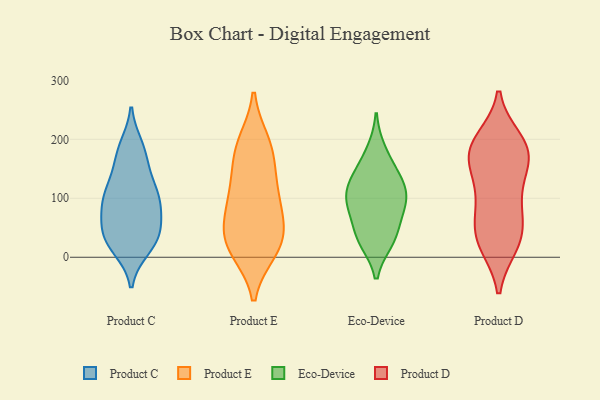
{"axis": {"x": "Bounce Rate (%)", "y": "Value"}, "legend": ["Eco-Device", "Product C", "Product D", "Product E"], "data": [{"x": "", "y": 175, "type": "Product C"}, {"x": "", "y": 79, "type": "Product C"}, {"x": "", "y": 16, "type": "Product C"}, {"x": "", "y": 36, "type": "Product C"}, {"x": "", "y": 116, "type": "Product C"}, {"x": "", "y": 187, "type": "Product C"}, {"x": "", "y": 95, "type": "Product C"}, {"x": "", "y": 102, "type": "Product C"}, {"x": "", "y": 90, "type": "Product C"}, {"x": "", "y": 176, "type": "Product C"}, {"x": "", "y": 66, "type": "Product C"}, {"x": "", "y": 45, "type": "Product C"}, {"x": "", "y": 25, "type": "Product C"}, {"x": "", "y": 39, "type": "Product C"}, {"x": "", "y": 113, "type": "Product C"}, {"x": "", "y": 25, "type": "Product C"}, {"x": "", "y": 137, "type": "Product C"}, {"x": "", "y": 116, "type": "Product E"}, {"x": "", "y": 183, "type": "Product E"}, {"x": "", "y": 176, "type": "Product E"}, {"x": "", "y": 80, "type": "Product E"}, {"x": "", "y": 87, "type": "Product E"}, {"x": "", "y": 49, "type": "Product E"}, {"x": "", "y": 193, "type": "Product E"}, {"x": "", "y": 33, "type": "Product E"}, {"x": "", "y": 19, "type": "Product E"}, {"x": "", "y": 22, "type": "Product E"}, {"x": "", "y": 13, "type": "Product E"}, {"x": "", "y": 125, "type": "Product E"}, {"x": "", "y": 103, "type": "Eco-Device"}, {"x": "", "y": 31, "type": "Eco-Device"}, {"x": "", "y": 100, "type": "Eco-Device"}, {"x": "", "y": 136, "type": "Eco-Device"}, {"x": "", "y": 86, "type": "Eco-Device"}, {"x": "", "y": 40, "type": "Eco-Device"}, {"x": "", "y": 118, "type": "Eco-Device"}, {"x": "", "y": 180, "type": "Eco-Device"}, {"x": "", "y": 28, "type": "Eco-Device"}, {"x": "", "y": 144, "type": "Eco-Device"}, {"x": "", "y": 79, "type": "Eco-Device"}, {"x": "", "y": 53, "type": "Product D"}, {"x": "", "y": 158, "type": "Product D"}, {"x": "", "y": 198, "type": "Product D"}, {"x": "", "y": 196, "type": "Product D"}, {"x": "", "y": 172, "type": "Product D"}, {"x": "", "y": 84, "type": "Product D"}, {"x": "", "y": 24, "type": "Product D"}, {"x": "", "y": 107, "type": "Product D"}, {"x": "", "y": 177, "type": "Product D"}, {"x": "", "y": 26, "type": "Product D"}, {"x": "", "y": 53, "type": "Product D"}, {"x": "", "y": 182, "type": "Product D"}, {"x": "", "y": 117, "type": "Product D"}, {"x": "", "y": 169, "type": "Product D"}, {"x": "", "y": 22, "type": "Product D"}]}